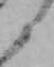
と